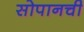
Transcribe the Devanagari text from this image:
सोपानची